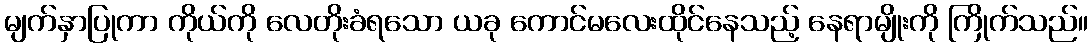
မျက်နှာပြုကာ ကိုယ်ကို လေတိုးခံရသော ယခု ကောင်မလေးထိုင်နေသည့် နေရာမျိုးကို ကြိုက်သည်။